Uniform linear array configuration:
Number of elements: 12
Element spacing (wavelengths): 0.5
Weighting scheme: kaiser
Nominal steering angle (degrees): -60
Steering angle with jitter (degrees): -58.862
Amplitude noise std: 0.05
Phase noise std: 0.05

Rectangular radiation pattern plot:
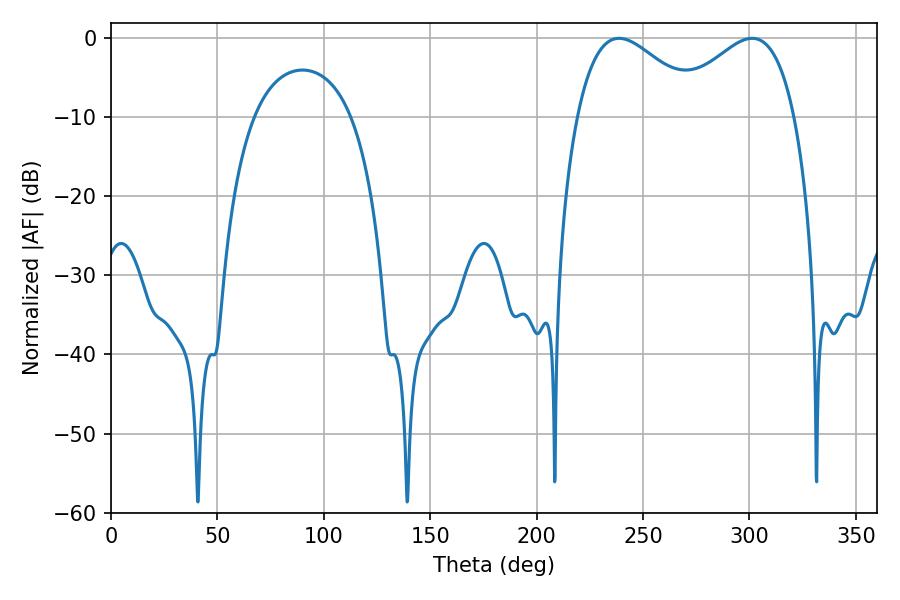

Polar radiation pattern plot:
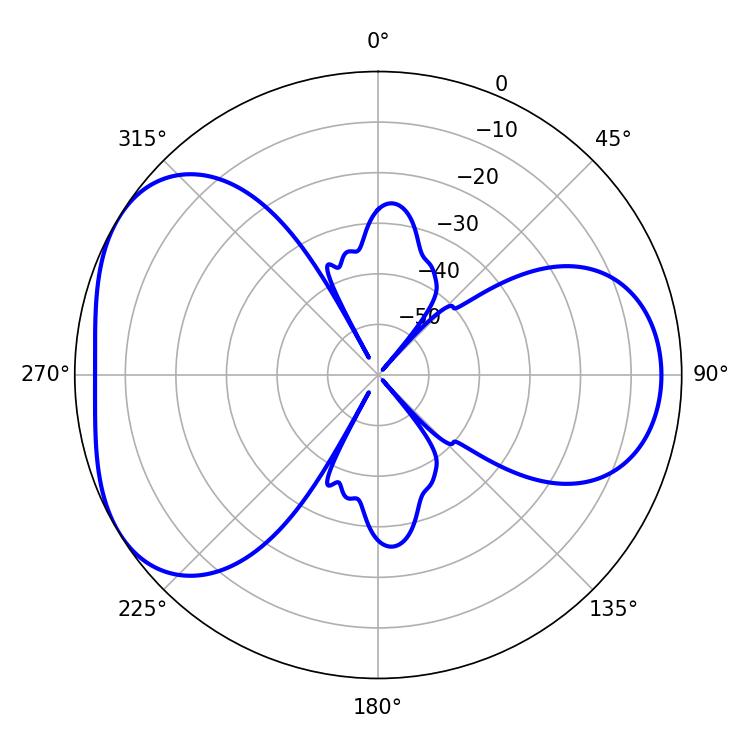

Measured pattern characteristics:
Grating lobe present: FALSE
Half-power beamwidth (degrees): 32.04
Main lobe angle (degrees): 238.68